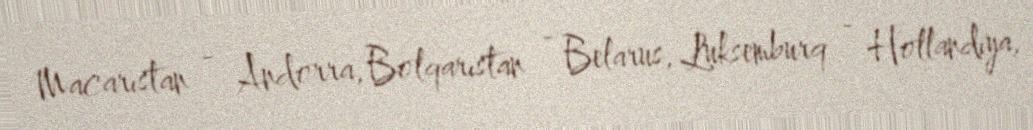
Macarıstan - Andorra, Bolqarıstan - Belarus, Luksemburq - Hollandiya,